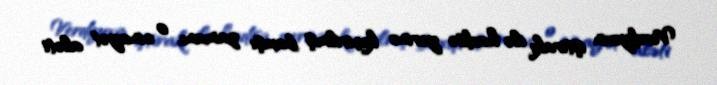
Verdiyevin iştirakı ilə hadisə yerinə keçirilmiş baxışı zamanı, o cinayət aləti